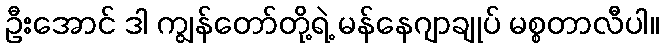
ဦးအောင် ဒါ ကျွန်တော်တို့ရဲ့ မန်နေဂျာချုပ် မစ္စတာလီပါ။